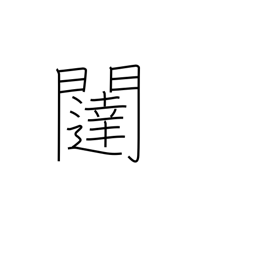
Meaning: gate